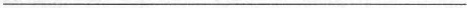
___